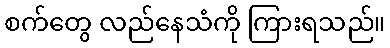
စက်တွေ လည်နေသံကို ကြားရသည်။